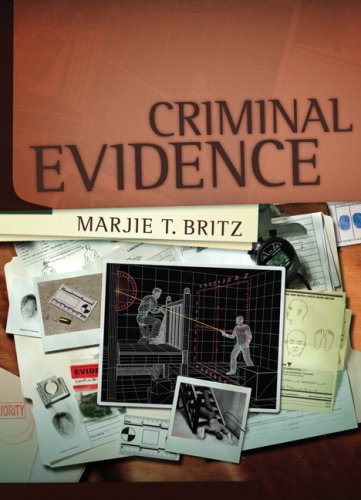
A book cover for Criminal Evidence; Marjie T. Britz; Law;